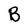
Character: B